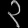
Digit: ၃